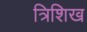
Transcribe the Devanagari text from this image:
त्रिशिख